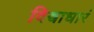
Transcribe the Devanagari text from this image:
विश्वाधारं